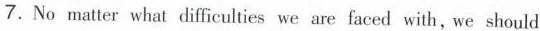
7.No matter what difficulties we are faced with, we should